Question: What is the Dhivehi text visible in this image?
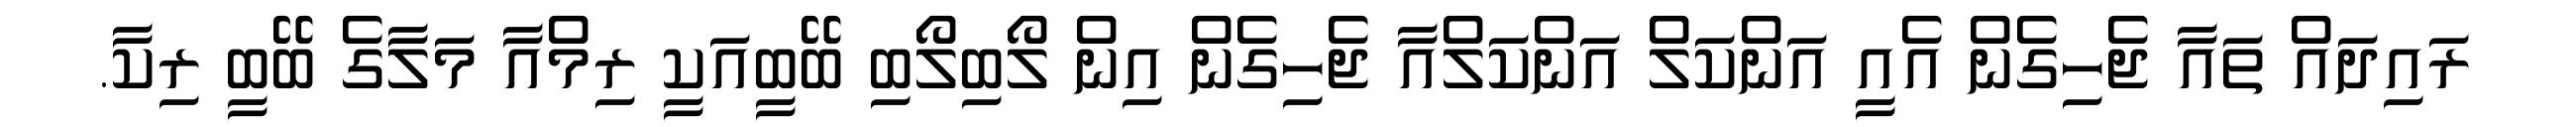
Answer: ރައިދައް ތައާ ޖެހިގެން އެއީ އަންކަލް އަންކަލްއާ ޖެހިގެން އިން ލޯބިލޯބި ބޭބީއަކީ ރިމްއާ މަލާގެ ބޭބީ ރިކާ.